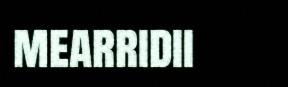
mearridii